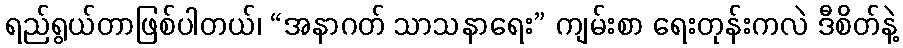
ရည်ရွယ်တာဖြစ်ပါတယ်၊ “အနာဂတ် သာသနာရေး” ကျမ်းစာ ရေးတုန်းကလဲ ဒီစိတ်နဲ့